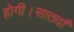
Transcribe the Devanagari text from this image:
होगी।सातवाँ